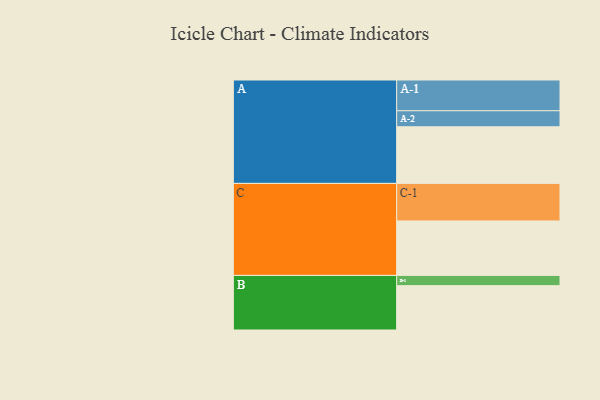
{"axis": {"x": "Segment", "y": "Value"}, "legend": ["", "A", "B", "C"], "data": [{"x": "A", "y": 442, "type": ""}, {"x": "B", "y": 346, "type": ""}, {"x": "C", "y": 425, "type": ""}, {"x": "A-1", "y": 240, "type": "A"}, {"x": "A-2", "y": 125, "type": "A"}, {"x": "B-1", "y": 80, "type": "B"}, {"x": "C-1", "y": 293, "type": "C"}]}